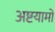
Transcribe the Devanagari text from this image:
अष्टयामों